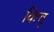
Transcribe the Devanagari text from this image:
किचू